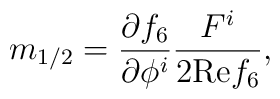
m_{1/2}=\frac{\partial f_6}{\partial \phi^i}              \frac{F^{i}}{2\mbox{Re} f_6},